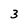
Character: 3